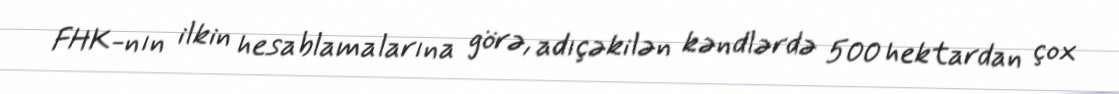
FHK-nın ilkin hesablamalarına görə, adıçəkilən kəndlərdə 500 hektardan çox